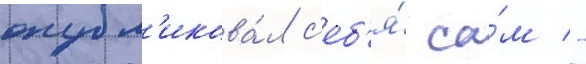
опубл'икова́л с'еб'я́ са́м -